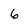
Character: 6